Leprosy in India: report of the Leprosy Commission in India, 1890-91
Year: 1890
Disease focus: Leprosy
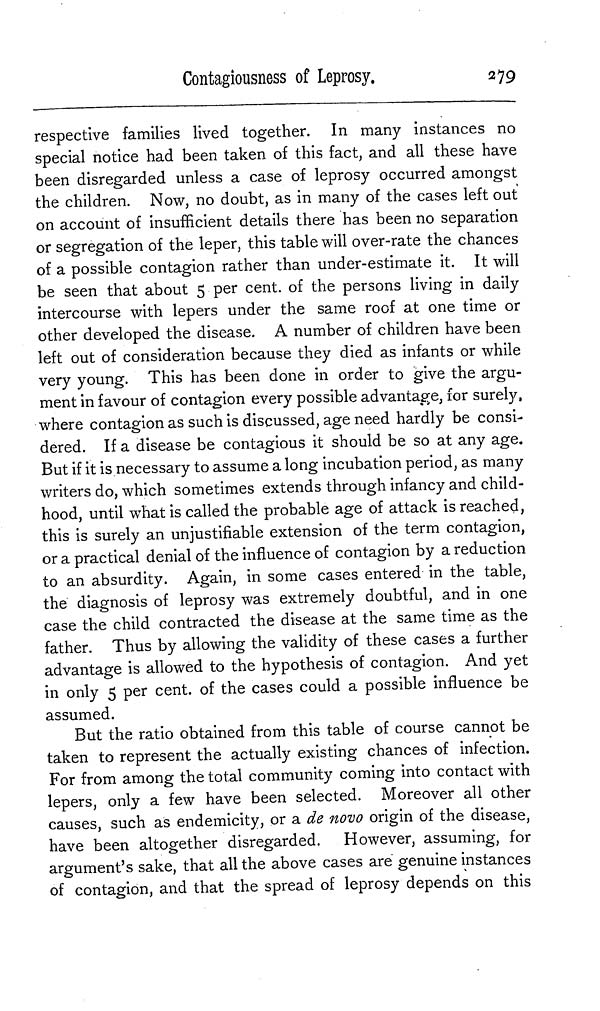
Contagiousness of Leprosy.
279
respective families lived together. In many instances no
special notice had been taken of this fact, and all these have
been disregarded unless a case of leprosy occurred amongst
the children. Now, no doubt, as in many of the cases left out
on account of insufficient details there has been no separation
or segregation of the leper, this table will over-rate the chances
of a possible contagion rather than under-estimate it. It will
be seen that about 5 per cent. of the persons living in daily
intercourse with lepers under the same roof at one time or
other developed the disease. A number of children have been
left out of consideration because they died as infants or while
very young. This has been done in order to give the argu-
ment in favour of contagion every possible advantage, for surely,
where contagion as such is discussed, age need hardly be consi-
dered. If a disease be contagious it should be so at any age.
But if it is necessary to assume a long incubation period, as many
writers do, which sometimes extends through infancy and child-
hood, until what is called the probable age of attack is reached,
this is surely an unjustifiable extension of the term contagion,
or a practical denial of the influence of contagion by a reduction
to an absurdity. Again, in some cases entered in the table,
the diagnosis of leprosy was extremely doubtful, and in one
case the child contracted the disease at the same time as the
father. Thus by allowing the validity of these cases a further
advantage is allowed to the hypothesis of contagion. And yet
in only 5 per cent. of the cases could a possible influence be
assumed.
But the ratio obtained from this table of course cannot be
taken to represent the actually existing chances of infection.
For from among the total community coming into contact with
lepers, only a few have been selected. Moreover all other
causes, such as endemicity, or a de novo origin of the disease,
have been altogether disregarded. However, assuming, for
argument's sake, that all the above cases are genuine instances
of contagion, and that the spread of leprosy depends on this